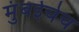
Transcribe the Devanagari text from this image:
मुंबईचेच